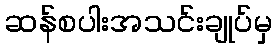
ဆန်စပါးအသင်းချုပ်မှ